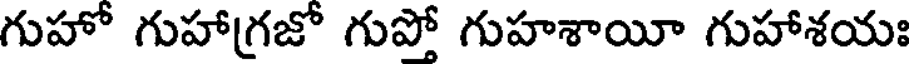
గుహో గుహాగ్రజో గుపో గుహశాయీ గుహాశయః